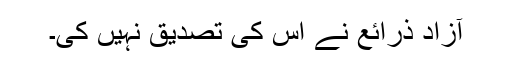
آزاد ذرائع نے اس کی تصدیق نہیں کی۔